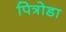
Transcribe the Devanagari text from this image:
पित्रोडा